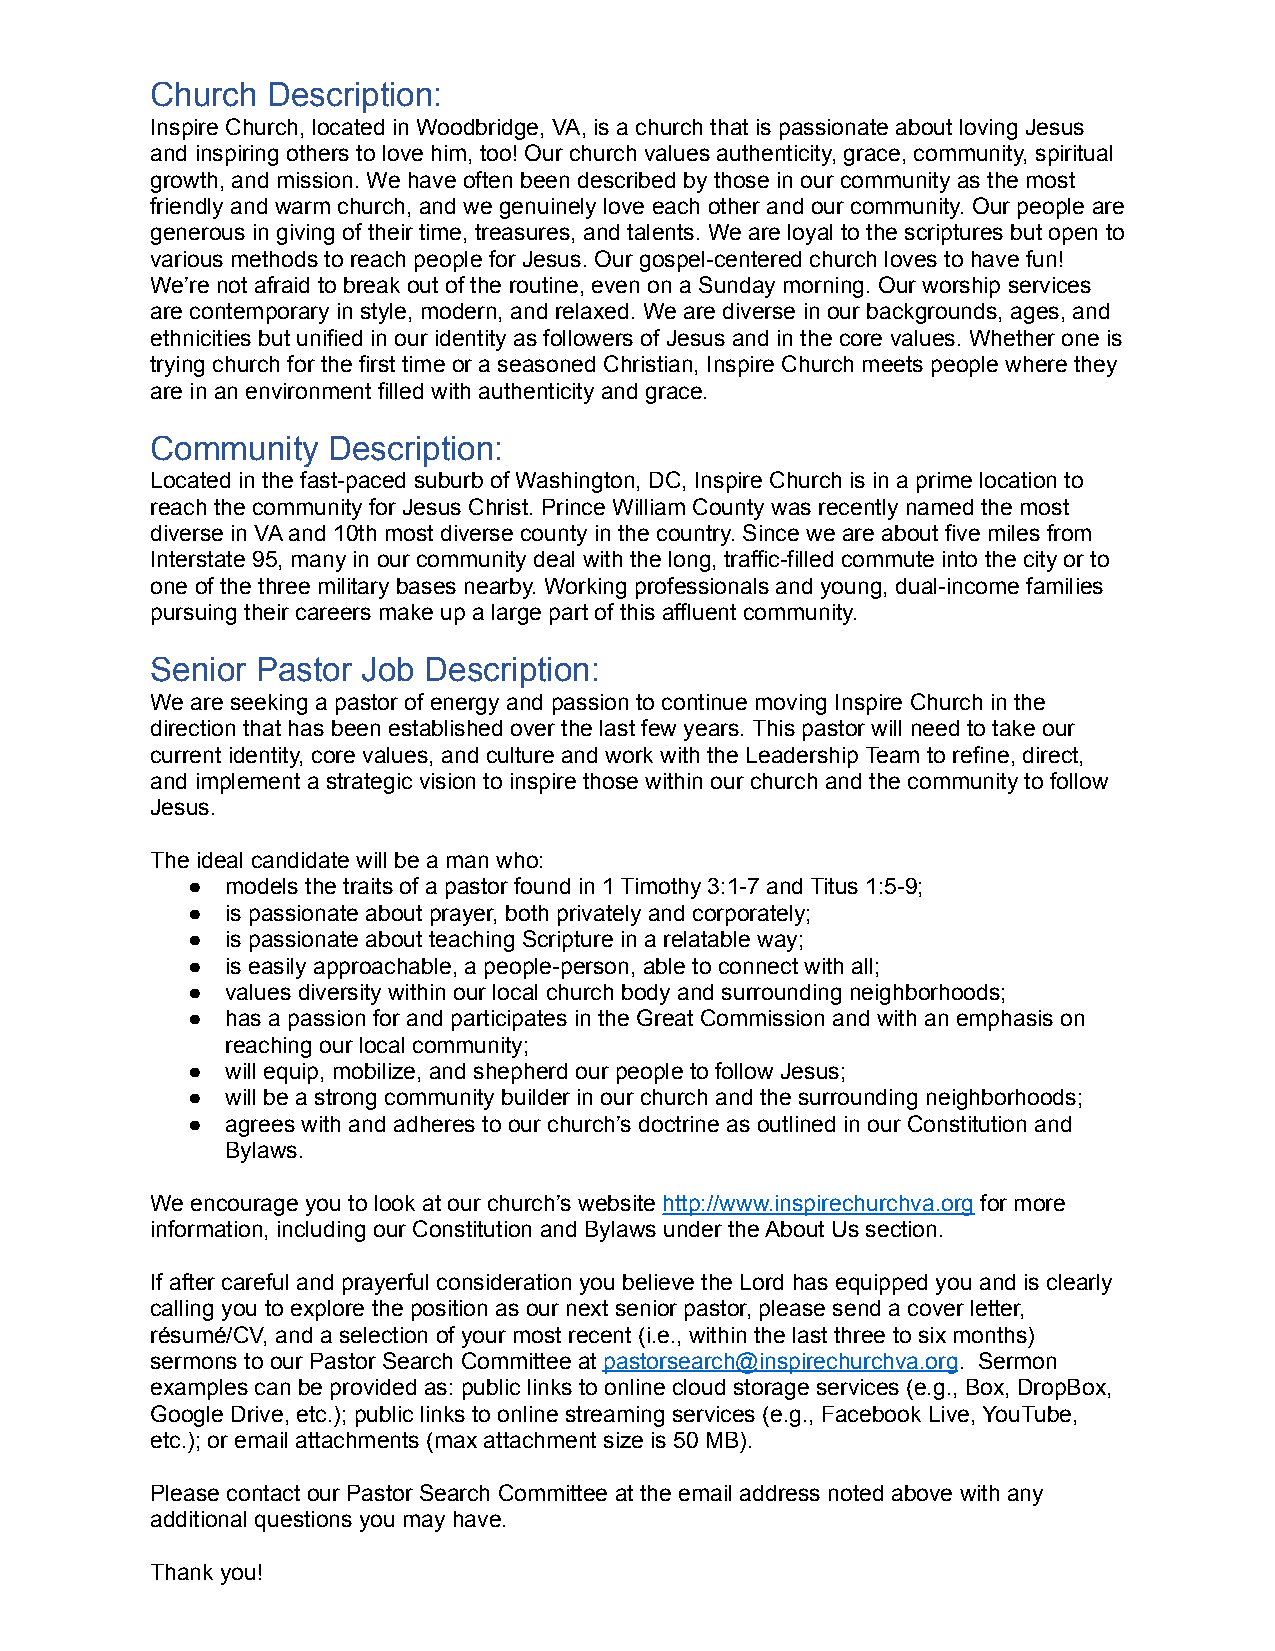
Church  Description:
 Inspire Church, located in Woodbridge, VA, is a church that is passionate about loving Jesus
 and inspiring others to love him, too! Our church values authenticity, grace, community, spiritual
 growth, and mission. We have often been described by those in our community as the most
 friendly and warm church, and we genuinely love each other and our community. Our people are
 generous in giving of their time, treasures, and talents. We are loyal to the scriptures but open to
 various methods to reach people for Jesus. Our gospel-centered church loves to have fun!
 We’re not afraid to break out of the routine, even on a Sunday morning. Our worship services
 are contemporary in style, modern, and relaxed. We are diverse in our backgrounds, ages, and
 ethnicities but unified in our identity as followers of Jesus and in the core values. Whether one is
 trying church for the first time or a seasoned Christian, Inspire Church meets people where they
 are in an environment filled with authenticity and grace.
 Community   Description:
 Located in the fast-paced suburb of Washington, DC, Inspire Church is in a prime location to
 reach the community for Jesus Christ. Prince William County was recently named the most
 diverse in VA and 10th most diverse county in the country. Since we are about five miles from
 Interstate 95, many in our community deal with the long, traffic-filled commute into the city or to
 one of the three military bases nearby. Working professionals and young, dual-income families
 pursuing their careers make up a large part of this affluent community.
 Senior Pastor Job Description:
 We are seeking a pastor of energy and passion to continue moving Inspire Church in the
 direction that has been established over the last few years. This pastor will need to take our
 current identity, core values, and culture and work with the Leadership Team to refine, direct,
 and implement a strategic vision to inspire those within our church and the community to follow
 Jesus.
 The ideal candidate will be a man who:
 ●  models the traits of a pastor found in 1 Timothy 3:1-7 and Titus 1:5-9;
 ●  is passionate about prayer, both privately and corporately;
 ●  is passionate about teaching Scripture in a relatable way;
 ●  is easily approachable, a people-person, able to connect with all;
 ●  values diversity within our local church body and surrounding neighborhoods;
 ●  has a passion for and participates in the Great Commission and with an emphasis on
 reaching our local community;
 ●  will equip, mobilize, and shepherd our people to follow Jesus;
 ●  will be a strong community builder in our church and the surrounding neighborhoods;
 ●  agrees with and adheres to our church’s doctrine as outlined in our Constitution and
 Bylaws.
 We encourage you to look at our church’s website http://www.inspirechurchva.org for more
 information, including our Constitution and Bylaws under the About Us section.
 If after careful and prayerful consideration you believe the Lord has equipped you and is clearly
 calling you to explore the position as our next senior pastor, please send a cover letter,
 résumé/CV, and a selection of your most recent (i.e., within the last three to six months)
 sermons to our Pastor Search Committee at pastorsearch@inspirechurchva.org. Sermon
 examples can be provided as: public links to online cloud storage services (e.g., Box, DropBox,
 Google Drive, etc.); public links to online streaming services (e.g., Facebook Live, YouTube,
 etc.); or email attachments (max attachment size is 50 MB).
 Please contact our Pastor Search Committee at the email address noted above with any
 additional questions you may have.
 Thank you!